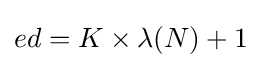
ed=K\times \lambda (N)+1